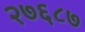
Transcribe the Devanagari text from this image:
२७६८७